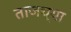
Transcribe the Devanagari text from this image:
ताजच्या